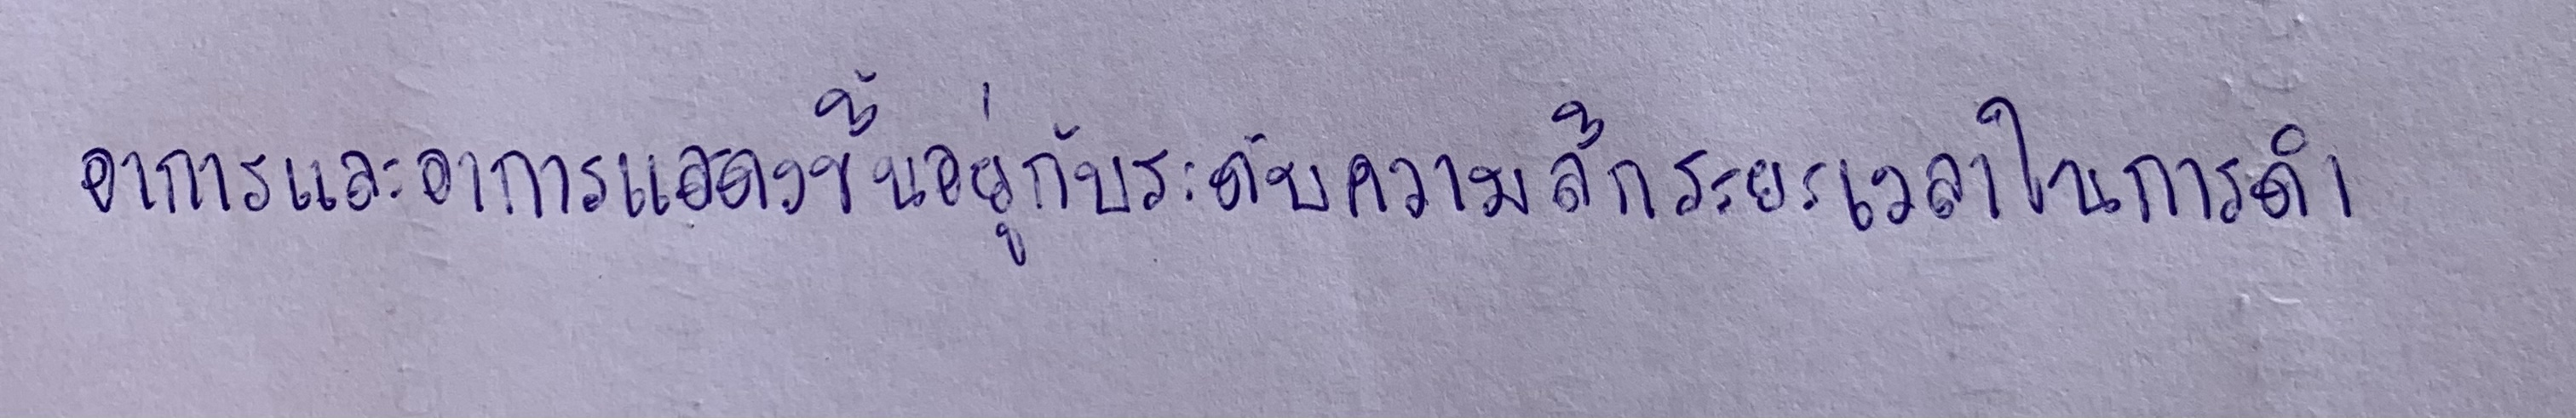
อาการและอาการแสดงขึ้นอยู่กับระดับความลึกระยะเวลาในการดำ